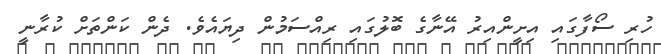
ހުރި ސޯފާގައި އިށީންއިރު އޭނާގެ ބޮލުގައި ރިއްސަމުން ދިޔައެވެ. ދެން ކަންތަށް ކުރާނީ